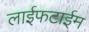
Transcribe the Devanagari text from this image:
लाईफटाईम